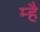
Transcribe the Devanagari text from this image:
म्है